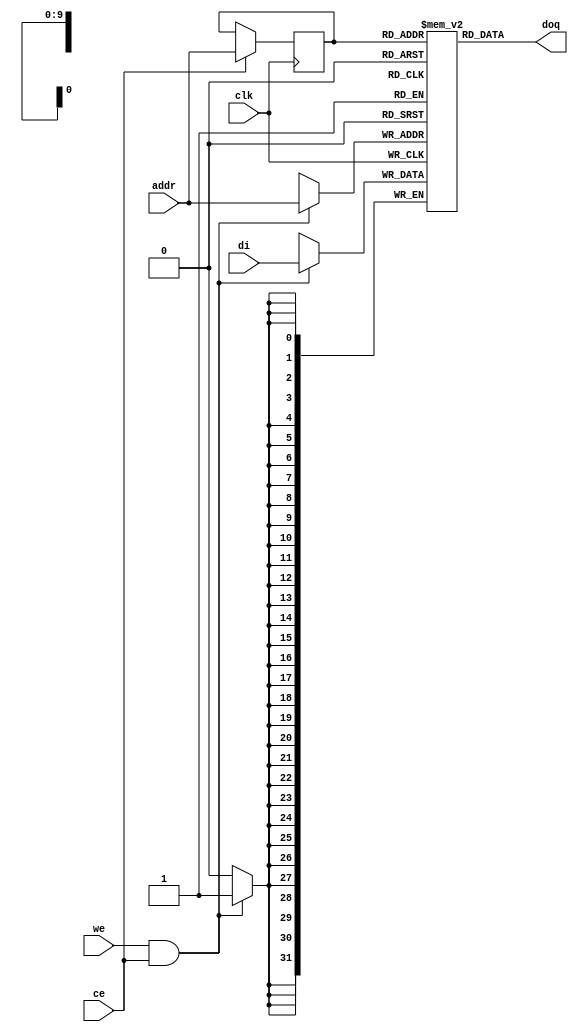
module or1200_spram_tag64
  (
`ifdef OR1200_BIST
   // RAM BIST
   mbist_si_i, mbist_so_o, mbist_ctrl_i,
`endif
   // Generic synchronous single-port RAM interface
   clk, ce, we, addr, /*addr_nin,*/ di, doq
   );
   
   //
   // Default address and data buses width
   //
   parameter aw = 10;
   parameter dw = 32;
   
`ifdef OR1200_BIST
   //
   // RAM BIST
   //
   input mbist_si_i;
   input [`OR1200_MBIST_CTRL_WIDTH - 1:0] mbist_ctrl_i;
   output 				  mbist_so_o;
`endif
   
   //
   // Generic synchronous single-port RAM interface
   //
   input 				  clk;	// Clock
   input 				  ce;	// Chip enable input
   input 				  we;	// Write enable input
   //input 				  oe;	// Output enable input
   input [aw-1:0] 			  addr;	// address bus inputs
   //input [aw-1:0] 			  addr_nin; //address for the next instruction
   input [dw-1:0] 			  di;	// input data bus
   output [dw-1:0] 			  doq;	// output data bus
   
   //
   // Internal wires and registers
   //

   //
   // Generic single-port synchronous RAM model
   //
   
   //
   // Generic RAM's registers and wires
   //
`ifdef OR1200_GENERIC   
   reg [dw-1:0] 			  mem [(1<<aw)-1:0] /*synthesis syn_ramstyle = "no_rw_check"*/;
`else
   reg [dw-1:0] 			  mem [(1<<aw)-1:0];
`endif
   reg [aw-1:0] 			  addr_reg;		// RAM address register
   //reg [aw-1:0] 			  addr_reg_nin;
   
   //
   // Data output drivers
   //
   //assign doq = (oe) ? mem[addr_reg] : {dw{1'b0}};
   assign doq = {/*mem[addr_reg_nin],*/ mem[addr_reg]};
   
   //
   // RAM read address register
   //
   always @(posedge clk)
     if (ce) begin
	addr_reg <=  addr;
	//addr_reg_nin <= addr_nin;
     end
   //
   // RAM write
   //
   always @(posedge clk)
     if (we && ce)
       mem[addr] <=  di;
   
endmodule